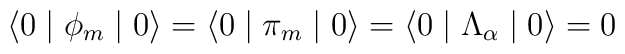
\langle 0 \mid \phi_{m} \mid 0 \rangle = \langle 0 \mid \pi_{m} \mid 0 \rangle = \langle 0 \mid \Lambda_{\alpha} \mid 0 \rangle = 0